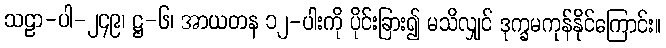
သဠာ-ပါ-၂၄၉၊ ဋ္ဌ-၆၊ အာယတန ၁၂-ပါးကို ပိုင်းခြား၍ မသိလျှင် ဒုက္ခမကုန်နိုင်ကြောင်း။